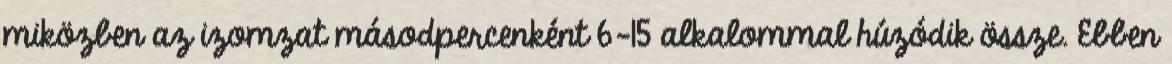
miközben az izomzat másodpercenként 6-15 alkalommal húzódik össze. Ebben